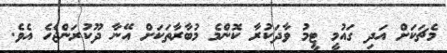
މެޗަކަށް އަދި ގައުމީ ޓީމު ވާދަކުރާ ކޮންމެ މުބާރާތަކަށް އޭނާ ދޫކުރަންޖެހެ އެވެ.